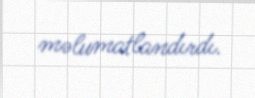
məlumatlandırdı.